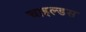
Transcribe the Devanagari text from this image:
चाइल्डस